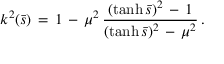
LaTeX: k ^ { 2 } ( \bar { s } ) \, = \, 1 \, - \, \mu ^ { 2 } \, \frac { ( \operatorname { t a n h } \bar { s } ) ^ { 2 } \, - \, 1 } { ( \operatorname { t a n h } \bar { s } ) ^ { 2 } \, - \, \mu ^ { 2 } } \, { . }